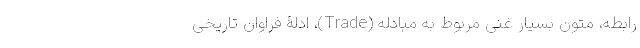
رابطه، متونِ بسیار غنی مربوط به مبادله (Trade)، ادلۀ فراوان تاریخی